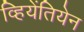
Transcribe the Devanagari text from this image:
व्हियेंतियेन